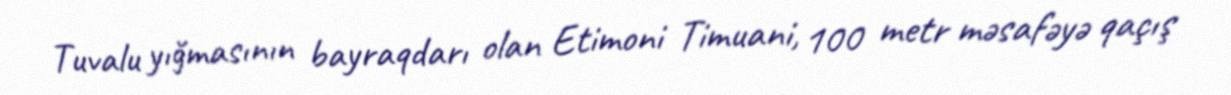
Tuvalu yığmasının bayraqdarı olan Etimoni Timuani, 100 metr məsafəyə qaçış